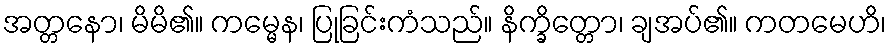
အတ္တနော၊ မိမိ၏။ ကမ္မေန၊ ပြုခြင်းကံသည်။ နိက္ခိတ္တော၊ ချအပ်၏။ ကတမေဟိ၊